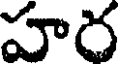
హర